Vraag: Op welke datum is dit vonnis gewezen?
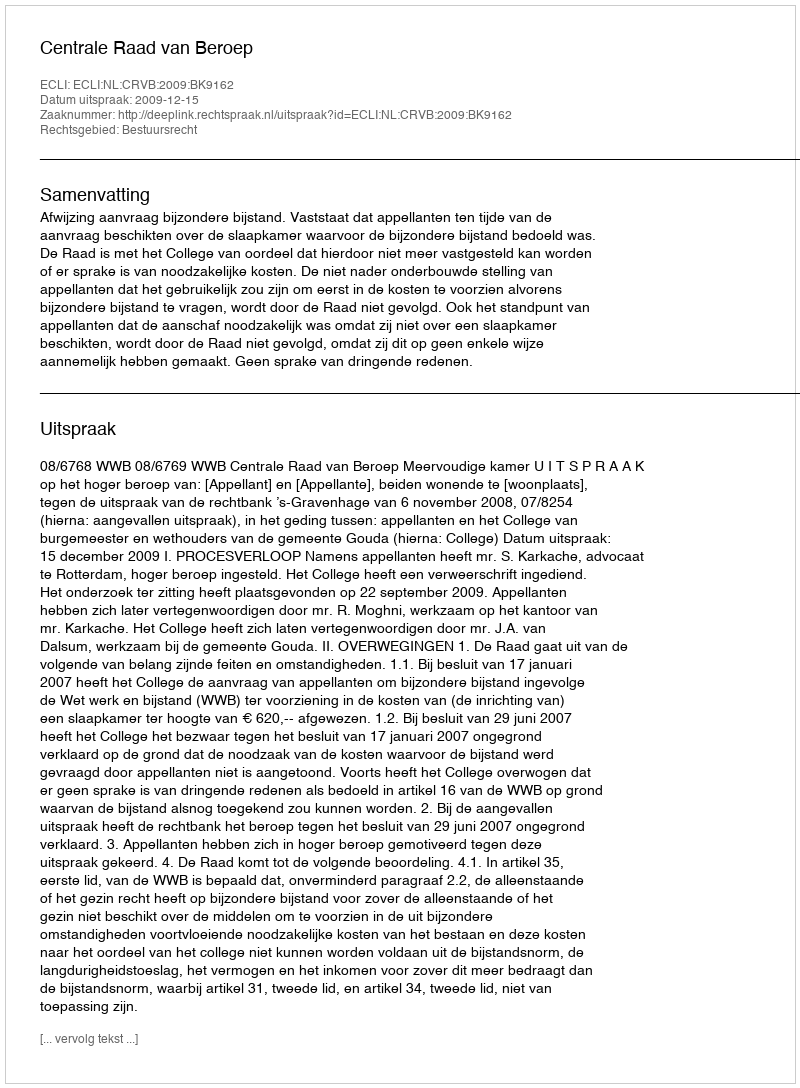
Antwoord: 2009-12-15